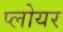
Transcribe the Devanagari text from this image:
प्लोयर